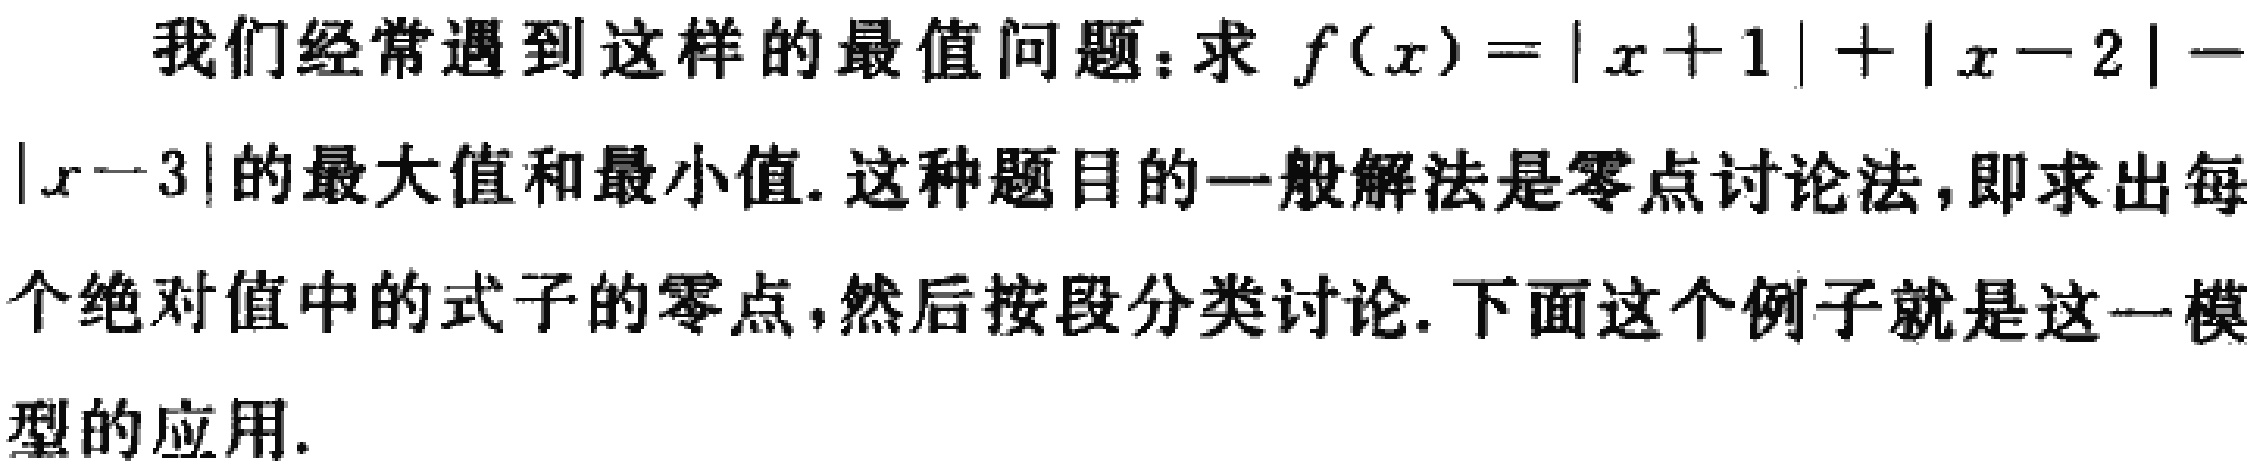
我们经常遇到这样的最值问题：求 \(f(x)=|x + 1|+|x - 2|-|x - 3|\) 的最大值和最小值. 这种题目的一般解法是零点讨论法，即求出每个绝对值中的式子的零点，然后按段分类讨论. 下面这个例子就是这一模型的应用.